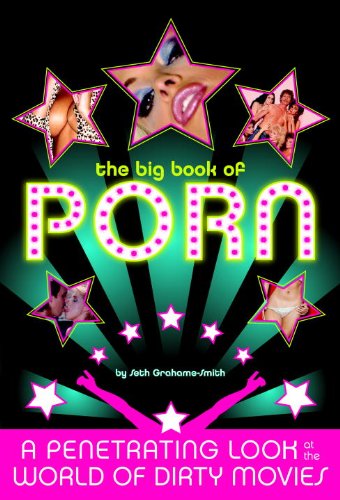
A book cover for The Big Book of Porn; Seth Grahame-Smith; Politics & Social Sciences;